Bréfritari: Árni Árnason
Viðtakandi: Jón Borgfirðings Jónsson
Dagsetning: A-1858-05-14
Skrifað á: Enni  Eyf.

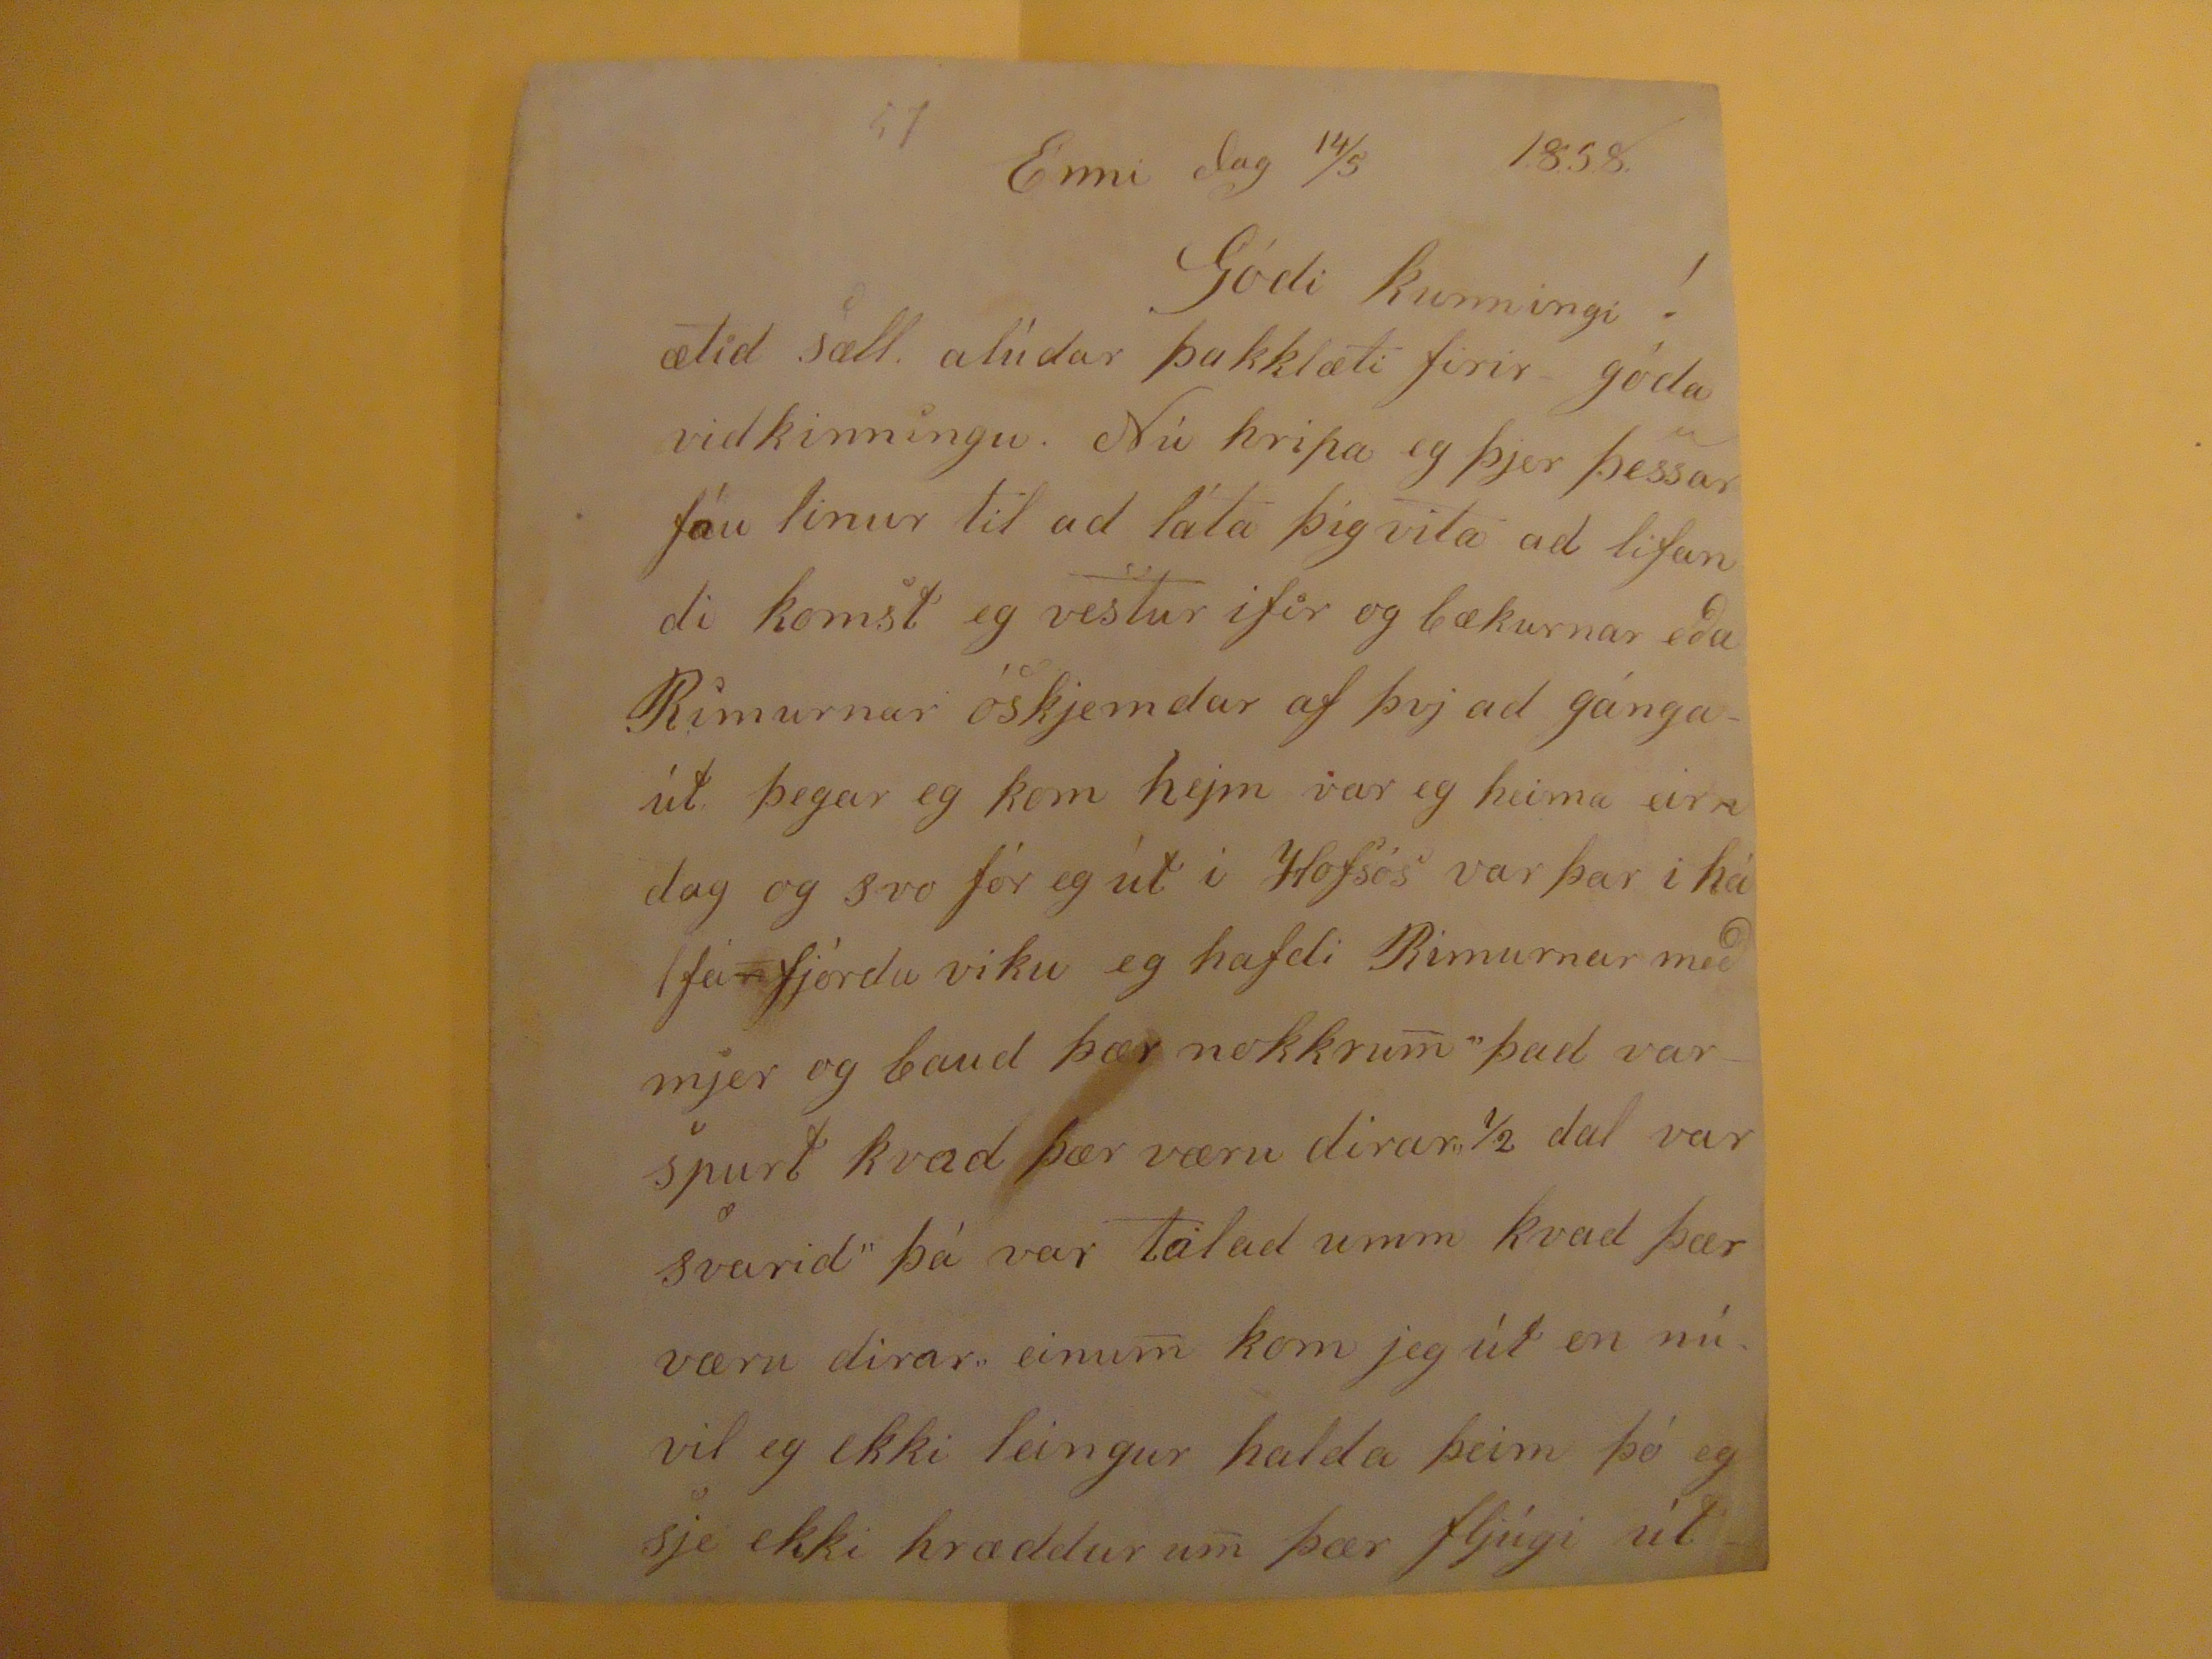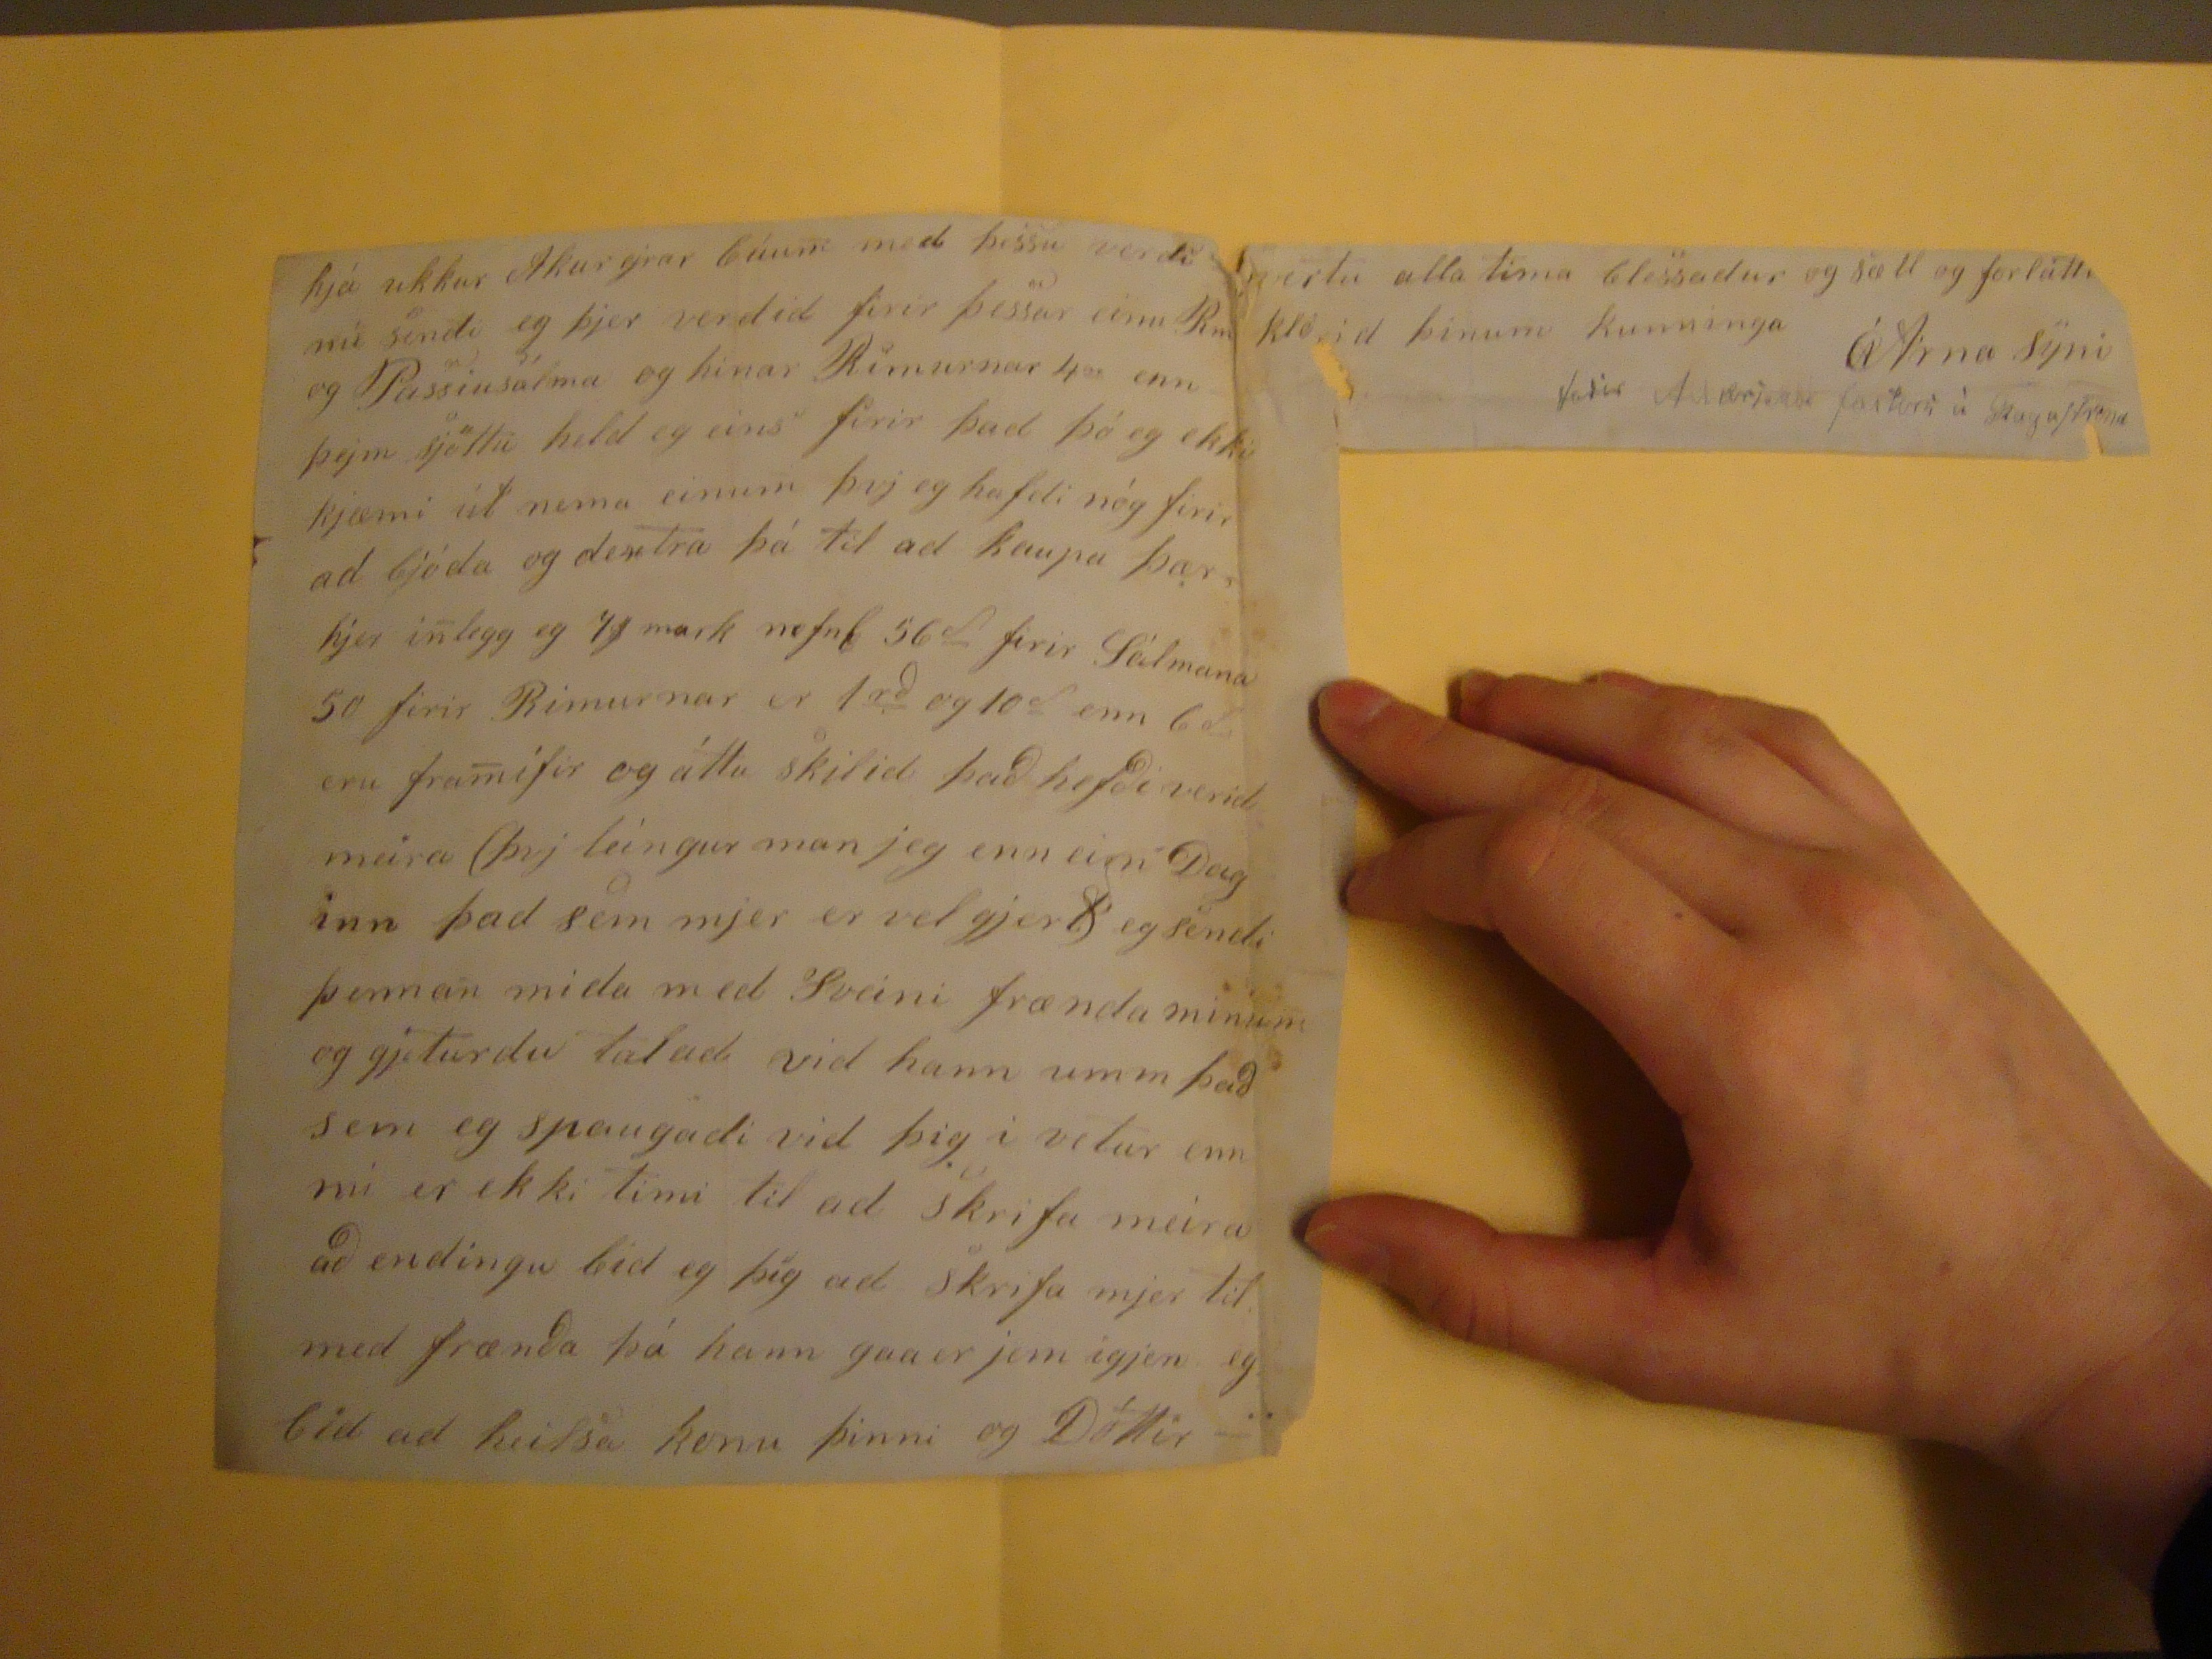

57
Enni dag 14/5 1.8.5.8.
Góði kunningi !
ætid sæll alúdar þakklæti firir góda vidkinningu. Nú hripa eg þjer þessar fáu linur til að láta þig vita að lifandi komst eg vestur ifir og bækurnar eða Rimurnar óskjemdar af þvj að gánga út þegar eg kom hejm var eg heima eirn dag og svo fór eg út i Hofsós var þar í hálfa
n
fjórdu viku eg hafdi Rimurnar með mjer og baud þær nokkrum þad var spurt kvad þær væru dirar "1/2 dal var svarid" þá var talad umm kvad þær væru dirar einum kom jeg út en nú vil eg ekki leingur halda þeim þó eg sje ekki hræddur um þær fljúgi út
hjá ukkur Akurejrar búum med þessu verdi nú sendi eg þjer verdid firir þessar einu Rm og Passiusálma og hinar Rimurnar 4
ar
enn þejm sjöttu held eg eins firir þad þó eg ekki kjæmi út nema einum þvj eg hafdi nóg firir ad bjóda og dextra þá til að kaupa þær hjer i
n
legg eg 7
$
mark nefnl 56
rd
firir Sálmana 50 firir Rimurnar er 1
rd
og 10
d
enn 6
da
eru fra
m
ifir og áttu skilid það hefði verid meira (þvj leingur man jeg enn eirn Daginn það sem mjer er velgjert) eg sendi þennan mida med Sveini frænda minum og gjeturdu talad vid hann umm það sem eg spaugadi við þig i vetur enn nú er ekki timi til ad skrifa meira að endingu bid eg þig ad skrifa mjer til med frænða þá hann
gaaer jem
igjen eg bid ad heilsa konu þinni og Dóttir
vertu alla tima blessadur og sæll og forláttu kórid þinum kunninga
Árna syni
faðir Andrjesar
faktori, á Skagastrond